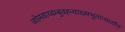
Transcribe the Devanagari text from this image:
व्योमवाय्वम्बुवह्न्याख्यभूतान्यासीत्